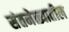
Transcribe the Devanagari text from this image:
संतमेळ्यातील